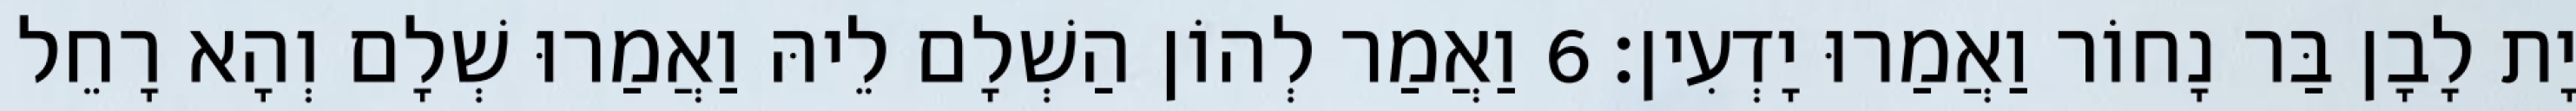
יָת לָבָן בַּר נָחוֹר וַאֲמַרוּ יָדְעִין׃ 6 וַאֲמַר לְהוֹן הַשְׁלָם לֵיהּ וַאֲמַרוּ שְׁלָם וְהָא רָחֵל